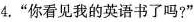
4."你看见我的英语书了吗?"